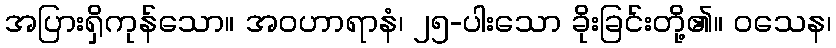
အပြားရှိကုန်သော။ အဝဟာရာနံ၊ ၂၅-ပါးသော ခိုးခြင်းတို့၏။ ဝသေန၊